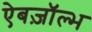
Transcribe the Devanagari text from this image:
ऐबज़ॉल्भ